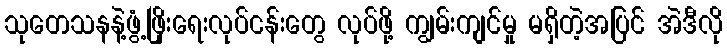
သုတေသနနဲ့ဖွံ့ဖြိုးရေးလုပ်ငန်းတွေ လုပ်ဖို့ ကျွမ်းကျင်မှု မရှိတဲ့အပြင် အဲဒီလို